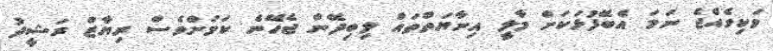
ވަކިވެއްޖެ ނަމަ އެބޭފުޅަކަށް މާލީ އިނާޔަތްތައް ލިބިދޭން ޖެހޭނެ ކަމަށްވެސް ރިޔާޒް ރަޝީދު